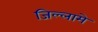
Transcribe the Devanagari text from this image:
जिल्लामे